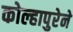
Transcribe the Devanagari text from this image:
कोल्हापुरेने